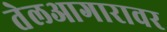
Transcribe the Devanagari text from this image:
तेलआगारावर